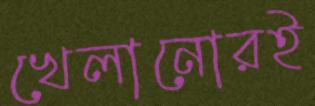
খেলানোরই